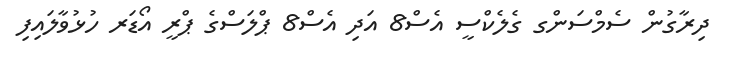
ދިރާގުން ސެމްސަންގ ގެލެކްސީ އެސް8 އަދި އެސް8 ޕްލަސްގެ ޕްރީ އޯޑަރ ހުޅުވާލައިފި